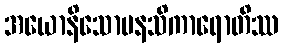
အယောနိသောမနသိကာရောတိဿ